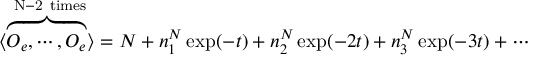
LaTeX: \langle \overbrace { { \cal O } _ { e } , \cdots , { \cal O } _ { e } } ^ { \mathrm { ~ N - 2 ~ t i m e s } } \rangle = N + n _ { 1 } ^ { N } \exp ( - t ) + n _ { 2 } ^ { N } \exp ( - 2 t ) + n _ { 3 } ^ { N } \exp ( - 3 t ) + \cdots